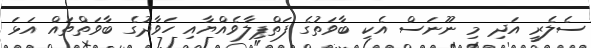
ސެލެރީ އަދި މި ނޫނަސް އެކި ބާވަތުގެ ފަތްޕިލާވެއްޔާއި ހަވާދުގެ ބާވަތްތައް އަޅަ